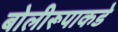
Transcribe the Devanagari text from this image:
बोलीरूपाकडे